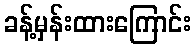
ခန့်မှန်းထားကြောင်း